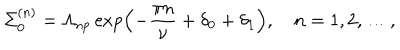
\Sigma _ { 0 } ^ { ( n ) } = \Lambda _ { \mathrm { n p } } \exp \left( - \frac { \pi n } { \nu } + \delta _ { 0 } + \delta _ { 1 } \right) , \quad n = 1 , 2 , \dots ,